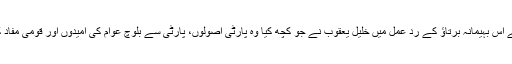
مگر دشمن کے اس بہیمانہ برتاؤ کے ردِ عمل میں خلیل یعقوب نے جو کچھ کیا وہ پارٹی اصولوں، پارٹی سے بلوچ عوام کی اُمیدوں اور قومی مفاد کے خلاف تھا۔